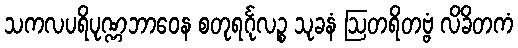
သကလပရိပုဏ္ဏဘာဝေန စတုရင်္ဂုလဉ္စ သုခနံ ဩတရိတဗ္ဗံ လိခိတကံ